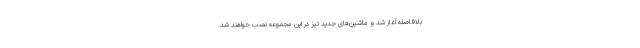
بلافاصله آغاز شد و ماشین‌های جدید نیز در این مجموعه نصب خواهند شد.